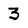
Character: 3